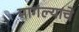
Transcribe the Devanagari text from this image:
मागंल्याचे